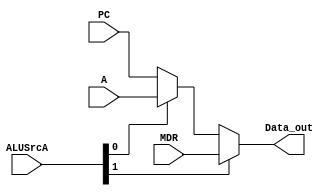
module ALUAMux(

    input  wire [1:0]  ALUSrcA,  //00
    input  wire [31:0] PC,       //01 
    input  wire [31:0] A,        //10
    input  wire [31:0] MDR,      //11

    output wire [31:0] Data_out

);

 

// PC  - |
// A   - |-- PC_A --|
// MDR -------------|-- Data_out -->

    wire [31:0] PC_A;

    assign PC_A = (ALUSrcA[0]) ? A : PC;
    assign Data_out = (ALUSrcA[1]) ? MDR : PC_A;

endmodule